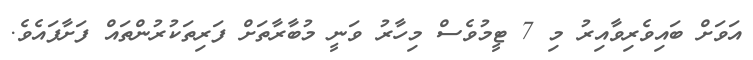
އަވަށް ބައިވެރިވާއިރު މި 7 ޓީމުވެސް މިހާރު ވަނީ މުބާރާތަށް ފަރިތަކުރުންތައް ފަށާފައެވެ.